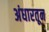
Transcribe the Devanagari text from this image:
अंधारतून